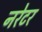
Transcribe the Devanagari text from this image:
नरेटर